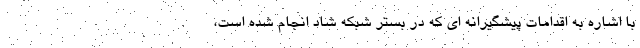
با اشاره به اقدامات پیشگیرانه ای که در بستر شبکه شاد انجام شده است،